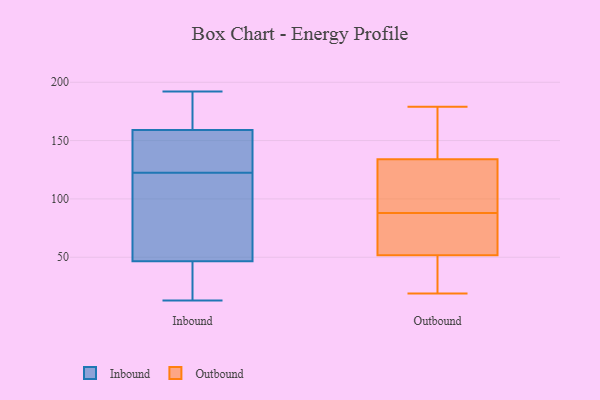
{"axis": {"x": "Customer Acquisition Cost (USD)", "y": "Value"}, "legend": ["Inbound", "Outbound"], "data": [{"x": "", "y": 182, "type": "Inbound"}, {"x": "", "y": 130, "type": "Inbound"}, {"x": "", "y": 23, "type": "Inbound"}, {"x": "", "y": 136, "type": "Inbound"}, {"x": "", "y": 85, "type": "Inbound"}, {"x": "", "y": 41, "type": "Inbound"}, {"x": "", "y": 184, "type": "Inbound"}, {"x": "", "y": 192, "type": "Inbound"}, {"x": "", "y": 52, "type": "Inbound"}, {"x": "", "y": 128, "type": "Inbound"}, {"x": "", "y": 117, "type": "Inbound"}, {"x": "", "y": 190, "type": "Inbound"}, {"x": "", "y": 13, "type": "Inbound"}, {"x": "", "y": 134, "type": "Inbound"}, {"x": "", "y": 68, "type": "Inbound"}, {"x": "", "y": 20, "type": "Inbound"}, {"x": "", "y": 131, "type": "Outbound"}, {"x": "", "y": 135, "type": "Outbound"}, {"x": "", "y": 63, "type": "Outbound"}, {"x": "", "y": 88, "type": "Outbound"}, {"x": "", "y": 83, "type": "Outbound"}, {"x": "", "y": 123, "type": "Outbound"}, {"x": "", "y": 48, "type": "Outbound"}, {"x": "", "y": 19, "type": "Outbound"}, {"x": "", "y": 146, "type": "Outbound"}, {"x": "", "y": 47, "type": "Outbound"}, {"x": "", "y": 179, "type": "Outbound"}]}